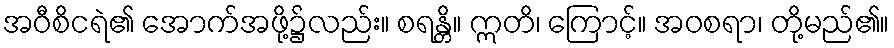
အဝီစိငရဲ၏ အောက်အဖို့၌လည်း။ စရန္တိ။ ဣတိ၊ ကြောင့်။ အဝစရာ၊ တို့မည်၏။